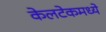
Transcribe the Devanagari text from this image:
केलटेकमध्ये